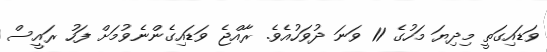
ވަޑައިގަތީ މިދިޔަ މަހުގެ 11 ވަނަ ދުވަހުއެވެ. ރާއްޖެ ވަޑައިގެންނެވުމަށް ފަހު ރައީސް